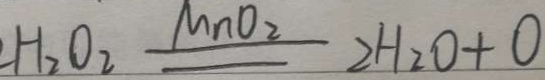
H _ { 2 } O _ { 2 } \xlongequal { M n O _ { 2 } } 2 H _ { 2 } O + O